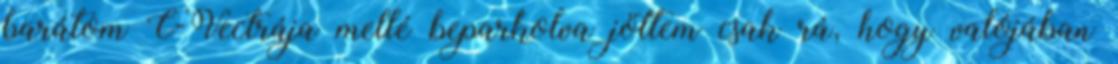
barátom C-Vectrája mellé beparkolva jöttem csak rá, hogy valójában